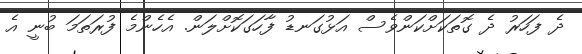
ދެ ފަހަރު ދެ ގޮތަކަށްކަންވެސް އަޅުގަނޑު ފާހަގަކޮށްލަން. އެހެންމެ ފުރަތަމަ ބުނީ އެ